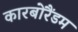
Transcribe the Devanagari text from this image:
कारबोरैंडम